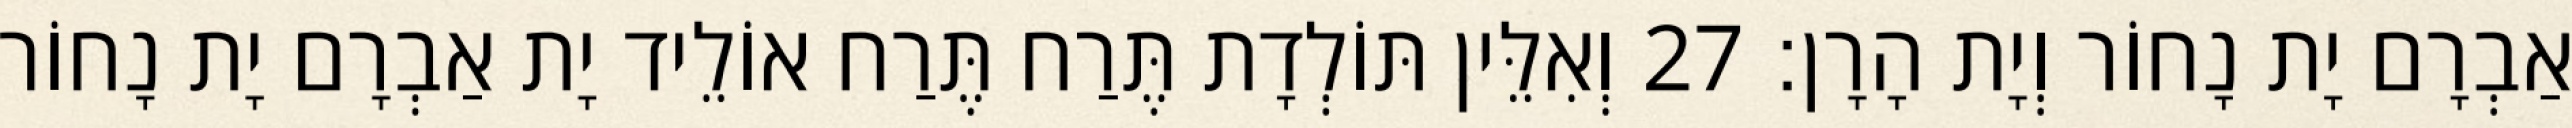
אַבְרָם יָת נָחוֹר וְיָת הָרָן׃ 27 וְאִלֵּין תּוֹלְדָת תֶּרַח תֶּרַח אוֹלֵיד יָת אַבְרָם יָת נָחוֹר